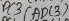
Text: ADC3